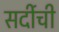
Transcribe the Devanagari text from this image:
सर्दीची